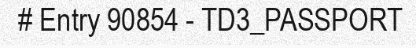
# Entry 90854 - TD3_PASSPORT